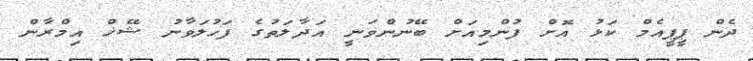
ދެން ޕީޕީއެމް ކަޅު އޮށް ފުންމިއަށް ބޭނުންވަނީ އަދާލަތުގެ ފަހުލަވާނު ޝޭޚް އިމްރާން